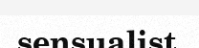
sensualist